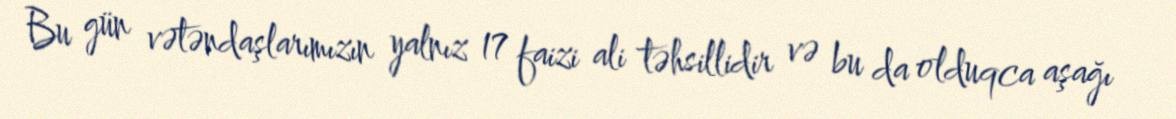
Bu gün vətəndaşlarımızın yalnız 17 faizi ali təhsillidir və bu da olduqca aşağı